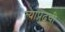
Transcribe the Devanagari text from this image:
त्यापुढची